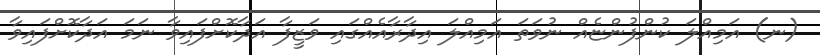
(ނ) އަމިއްލަ ކުންފުންޏެއް ނުވަތަ އަމިއްލަ އިދާރާއެއްގައި ވަޒީފާ އަދާކޮށްފައިވާ ނަމަ އަދާކޮށްފައިވާ